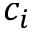
c _ { i }